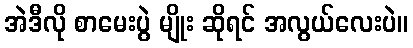
အဲဒီလို စာမေးပွဲ မျိုး ဆိုရင် အလွယ်လေးပဲ။